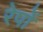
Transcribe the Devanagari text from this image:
रेपों